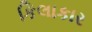
કિલાકાર